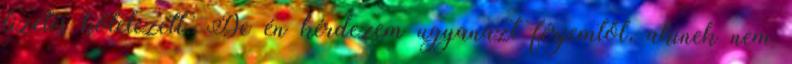
fizetés kötelezett. De én kérdezem ugyanazt férjemtől, akinek nem